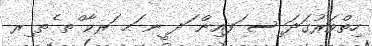
ހިތްވަރުގަދަ ިސ ަފއިން ަދ ީނ ަޙ ަރކާ ްތ ެތ ިރ